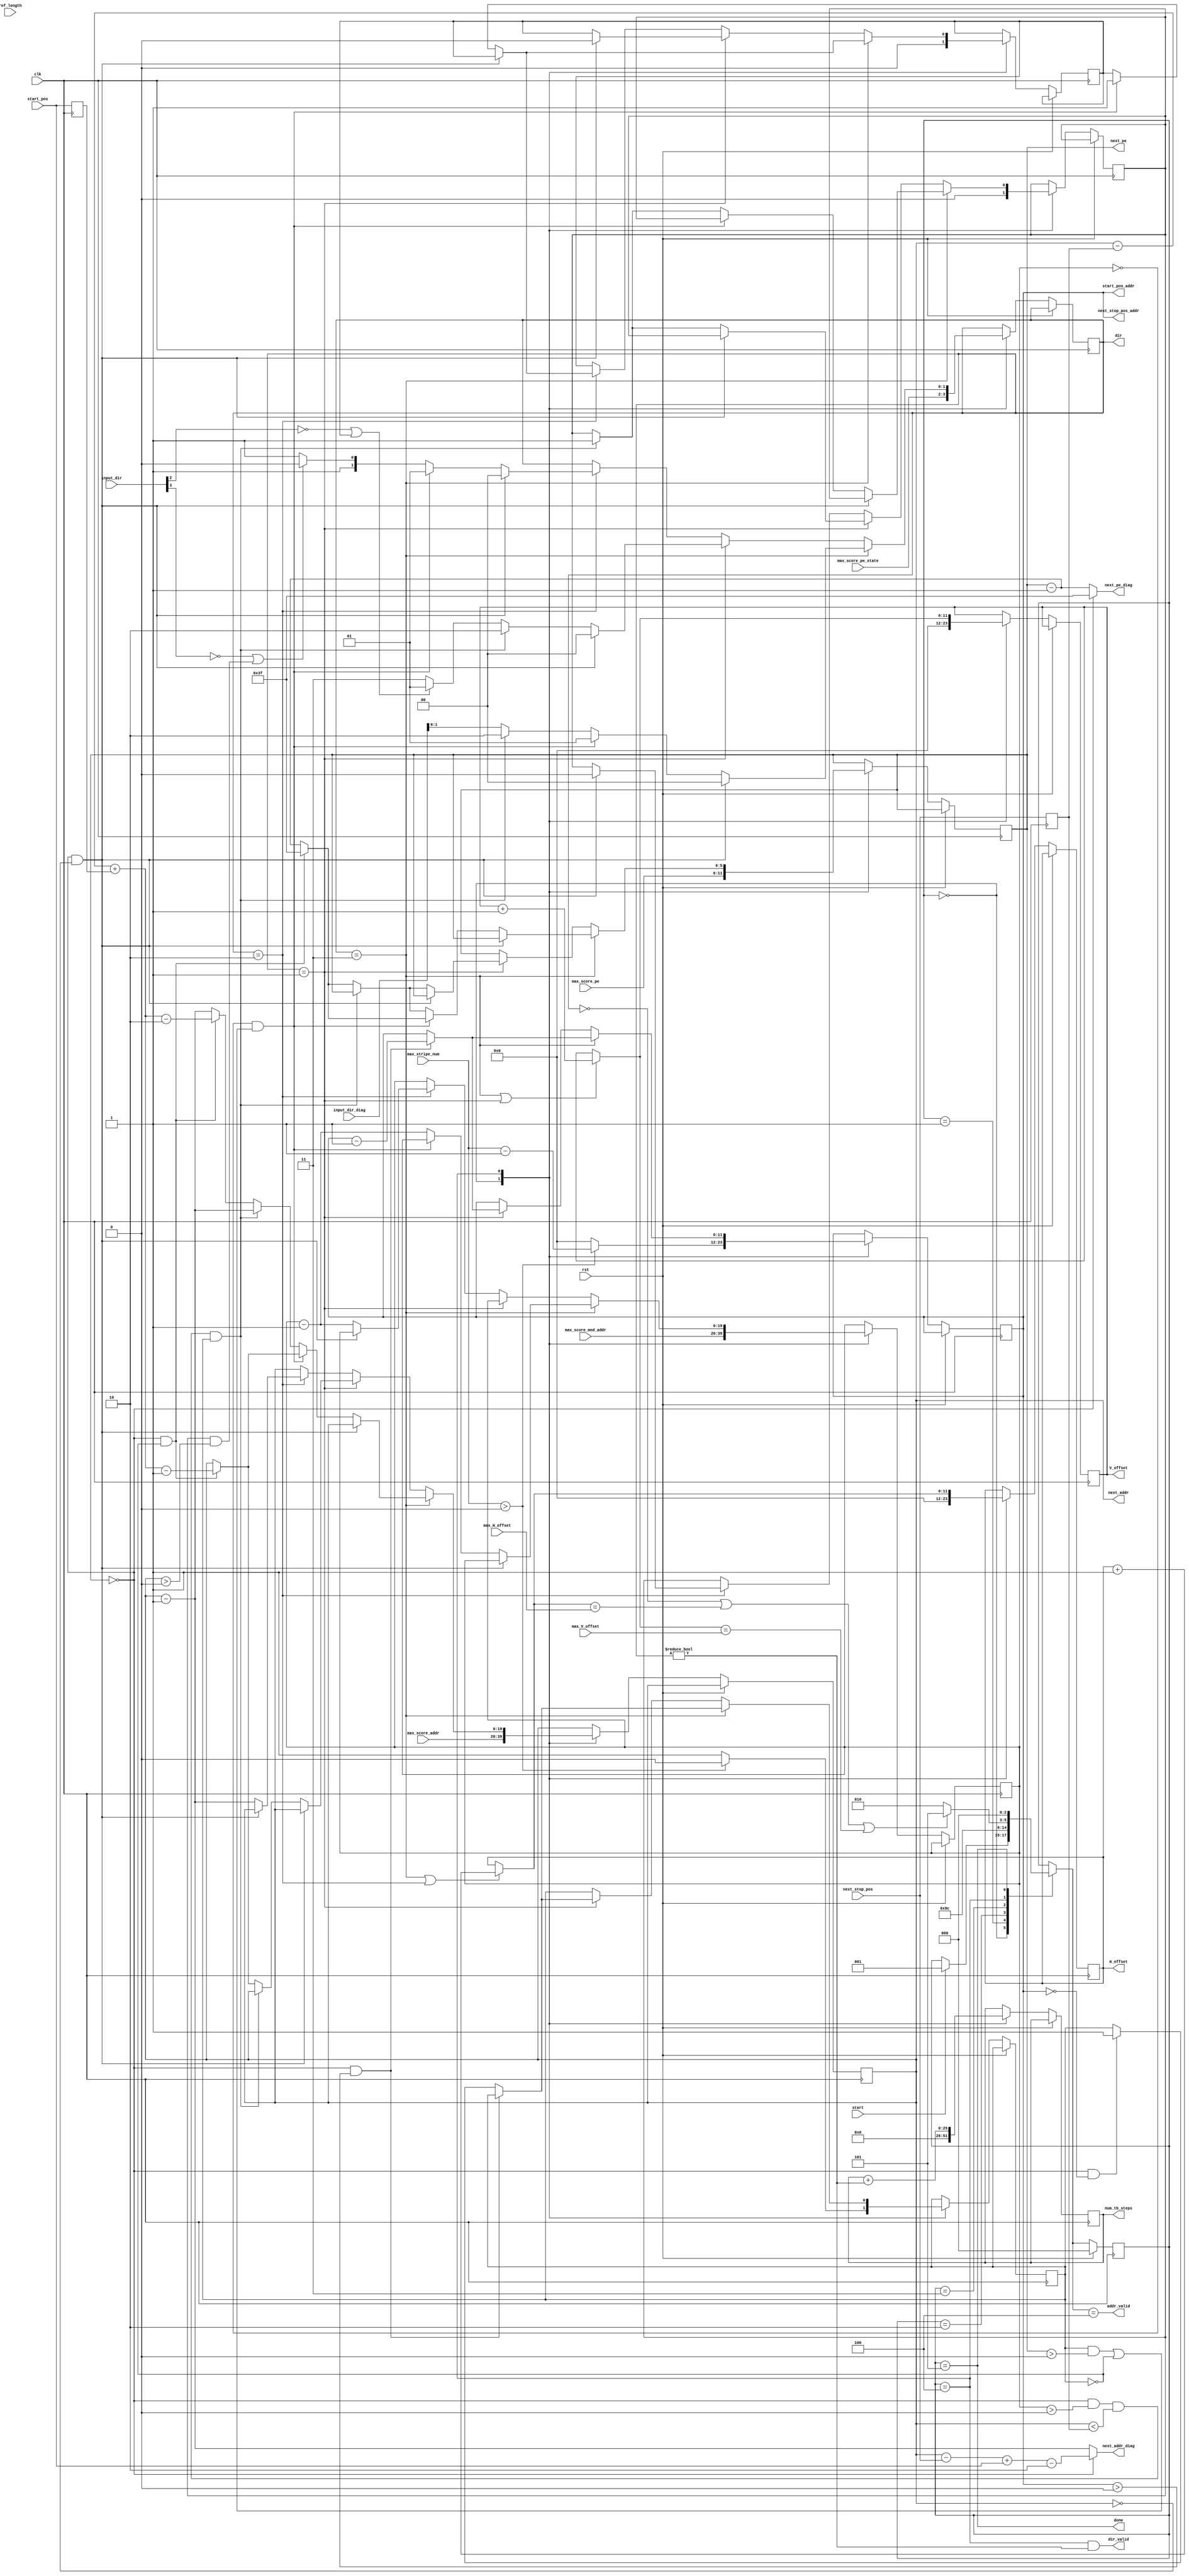
/*
MIT License

Copyright (c) 2019 Sneha D. Goenka, Yatish Turakhia, Gill Bejerano and William J. Dally

Permission is hereby granted, free of charge, to any person obtaining a copy
of this software and associated documentation files (the "Software"), to deal
in the Software without restriction, including without limitation the rights
to use, copy, modify, merge, publish, distribute, sublicense, and/or sell
copies of the Software, and to permit persons to whom the Software is
furnished to do so, subject to the following conditions:

The above copyright notice and this permission notice shall be included in all
copies or substantial portions of the Software.

THE SOFTWARE IS PROVIDED "AS IS", WITHOUT WARRANTY OF ANY KIND, EXPRESS OR
IMPLIED, INCLUDING BUT NOT LIMITED TO THE WARRANTIES OF MERCHANTABILITY,
FITNESS FOR A PARTICULAR PURPOSE AND NONINFRINGEMENT. IN NO EVENT SHALL THE
AUTHORS OR COPYRIGHT HOLDERS BE LIABLE FOR ANY CLAIM, DAMAGES OR OTHER
LIABILITY, WHETHER IN AN ACTION OF CONTRACT, TORT OR OTHERWISE, ARISING FROM,
OUT OF OR IN CONNECTION WITH THE SOFTWARE OR THE USE OR OTHER DEALINGS IN THE
SOFTWARE.
*/
module GACTX_BTLogic #(
  parameter ADDR_WIDTH = 20,
  parameter REF_LEN_WIDTH = 12,
  parameter LOG_NUM_PE = 6
)
(
    input clk,
    input rst,
    input start,

    input [REF_LEN_WIDTH-1:0] ref_length,
    input [ADDR_WIDTH-1:0] max_score_mod_addr,
    input [ADDR_WIDTH-1:0] max_score_addr,
    input [LOG_NUM_PE-1:0] max_score_pe,
    input [1:0] max_score_pe_state,
    input [3:0] input_dir,
    input [3:0] input_dir_diag,
    input [REF_LEN_WIDTH-1:0] start_pos,
    input [REF_LEN_WIDTH-1:0] next_stop_pos,
    input [REF_LEN_WIDTH-1:0] max_stripe_num,


    output reg [ADDR_WIDTH-1:0] next_addr,
    output reg [LOG_NUM_PE-1:0] next_pe,
    output wire [ADDR_WIDTH-1:0] next_addr_diag,
    output wire [LOG_NUM_PE-1:0] next_pe_diag,
    output wire addr_valid,
    output wire [1:0] dir,
    output wire dir_valid,
    output wire [REF_LEN_WIDTH-1:0] start_pos_addr,
    output wire [REF_LEN_WIDTH-1:0] next_stop_pos_addr,
    output reg [REF_LEN_WIDTH-1:0] H_offset,
    input [REF_LEN_WIDTH-1:0] max_H_offset,
    output reg [REF_LEN_WIDTH-1:0] V_offset,
    input [REF_LEN_WIDTH-1:0] max_V_offset,
    output reg [ADDR_WIDTH+LOG_NUM_PE-1:0] num_tb_steps,
    output done
);

  localparam MAX_PE = (2**LOG_NUM_PE) - 1;

  reg [REF_LEN_WIDTH-1:0] max_stripe;
  reg [ADDR_WIDTH-1:0] mod_count;
  reg [1:0] next_pe_state;

  reg [2:0] state;
  reg [2:0] next_state;
  reg final_H;
  reg final_V;
  reg stripe_change;
  reg stripe0;
  reg [REF_LEN_WIDTH-1:0] curr_start_pos;
  reg [REF_LEN_WIDTH-1:0] curr_stop_pos;
  reg [REF_LEN_WIDTH-1:0] position_addr;

  localparam WAIT=0, BLOCK0=1, BLOCK1=2, BLOCK2=3, CALC=4, DONE=5;
  localparam ZERO=0, M=3, V=1, H=2;

  wire [LOG_NUM_PE-1:0] next_pe_decr_mod;
  wire [ADDR_WIDTH-1:0] next_addr_mod;
  
  wire [REF_LEN_WIDTH-1:0] next_V_offset;
  wire [REF_LEN_WIDTH-1:0] next_H_offset;

  assign done = (state == DONE);
  assign dir_valid = (state == CALC) && (dir != 0);
  assign addr_valid = (next_state == CALC);
  assign dir = next_pe_state;

  assign start_pos_addr = position_addr;
  assign next_stop_pos_addr = position_addr;

  assign next_pe_decr_mod = (next_pe == 0) ? MAX_PE : (next_pe - 1);
  assign next_addr_mod = (next_pe == 0) ? (next_addr - next_stop_pos + start_pos -2) : (next_addr - 1);
  
  assign next_addr_diag = next_addr_mod;
  assign next_pe_diag = next_pe_decr_mod;
  
  assign next_V_offset = ((next_pe_state == M) || (next_pe_state == V)) ? (V_offset + 1) : V_offset;
  assign next_H_offset = ((next_pe_state == M) || (next_pe_state == H)) ? (H_offset + 1) : H_offset;

  always @(posedge clk) begin
      curr_start_pos <= start_pos;
      curr_stop_pos <= next_stop_pos;
  end

  always @(posedge clk) begin
      if (rst) begin
          state <= WAIT;
      end
      else begin
          state <= next_state;
          case (state)
              WAIT: begin
                  stripe0 <= 0;
                  max_stripe <= max_stripe_num;
                  mod_count <= max_score_mod_addr;
                  next_addr <= max_score_addr;
                  next_pe <= max_score_pe; 
                  next_pe_state <= max_score_pe_state;
                  H_offset <= 0;
                  V_offset <= 0;
                  num_tb_steps <= 0;
                  final_H <= 0;
                  final_V <= 0;
                  stripe_change <= 0;
                  if(max_stripe_num > 0) begin
                      position_addr <= max_stripe_num - 1;
                  end
                  else begin
                      stripe0 <= 1;
                      position_addr <= 0;
                  end
              end
              BLOCK0: begin
              end
              BLOCK1: begin
              end
              BLOCK2: begin
              end
              CALC: begin
                  H_offset <= next_H_offset;
                  V_offset <= next_V_offset;
                  num_tb_steps <= num_tb_steps + (dir != 0);

                  //////////////////////////////////////////////////////////////////
                  if (next_pe_state == M) begin

                      //for moving onto the next stripe
                      //When it is PE0, new start and stop  values need to
                      //be requested from the BRAMs in the Array module         
                      if (next_pe == 0 && position_addr > 0) begin
                          position_addr <= position_addr - 1;
                      end
                      else if(next_pe == 0 && position_addr == 0) begin
                          stripe0 <= 1;
                      end

                      //end of the traceback (NW)
                      if(next_pe==0 && next_addr ==0) begin
                          next_pe_state <= ZERO;
                      end

                      else begin
                          //on the first column, then go vertically
                          if(mod_count == 0 && ((stripe0 == 1 && next_pe > 0) || (stripe0 == 0))) begin
                              final_V <= 1;
                              next_pe_state <= V;
                              if (next_pe == 0 && stripe0 == 0) begin
                                  next_pe <= MAX_PE;
                                  next_addr <= next_addr - curr_stop_pos + curr_start_pos - 1;
                              end
                              else begin
                                  next_pe <= next_pe - 1;
                              end
                          end
                          
                          //on the first stripe, then go horizontally
                          else if ((next_pe==0 && mod_count > 0) && (next_addr < curr_stop_pos) && (stripe0 == 1)) begin
                              next_pe_state <= H;
                              final_H <= 1;
                              mod_count <= mod_count - 1;
                              next_addr <= next_addr - 1;
                          end

                          else begin 
                              if (next_pe == 0 && stripe0 == 0) begin
                                  next_addr <= next_addr - curr_stop_pos + curr_start_pos - 2;
                                  next_pe <= MAX_PE;
                              end
                              else begin
                                  next_addr <= next_addr - 1;
                                  next_pe <= next_pe - 1;
                              end
                              next_pe_state <= input_dir_diag[1:0];
                              mod_count <= mod_count - 1;
                          end
                      end
                  end
                  /////////////////////////////////////////////////////////////////////////////
                  else if (next_pe_state == V) begin

                      //for moving onto the next stripe
                      //When it is PE0, new start and stop  values need to
                      //be requested from the BRAMs in the Array module         
                      if (next_pe == 0 && position_addr > 0) begin
                          position_addr <= position_addr - 1;
                      end
                      else if(next_pe == 0 && position_addr == 0) begin
                          stripe0 <= 1;
                      end

                      //end of the traceback (NW)
                      if(next_pe==0 && next_addr==0) begin
                          next_pe_state <= ZERO;
                          final_V <= 0;
                      end

                      else begin
                          
                          //in PE#0 in the first stripe
                          if ((next_pe == 0 && mod_count > 0) && (next_addr < curr_stop_pos) && (stripe0 == 1)) begin
                              next_pe_state <= H; 
                              final_H <= 1;
                          end
                          else begin
                              //choosing the next PE
                              if (next_pe == 0 && stripe0 == 0) begin
                                  next_pe <= MAX_PE;
                                  next_addr <= next_addr - curr_stop_pos + curr_start_pos -1;
                              end
                              else begin
                                  next_pe <= next_pe - 1;
                              end
                              if(input_dir[2] == 0 || final_V) begin
                                  next_pe_state <= V;
                              end
                              else begin
                                  next_pe_state <= M;
                              end
                          end
                      end
                  end
                  /////////////////////////////////////////////////////////////////////////////
                  else if (next_pe_state == H) begin
                      if(next_addr == 0 && next_pe == 0) begin
                          next_pe_state <= ZERO;
                          final_H <= 0;
                      end
                      else begin
                          if(mod_count == 0 && ((stripe0 == 1 && next_pe > 0) || (stripe0 == 0))) begin
                              final_V <= 1;
                              next_pe_state <= V;
                          end
                          else begin
                              if (input_dir[3] == 0 || (final_H && next_addr > 0)) begin
                                  next_pe_state <= H;
                              end
                              else begin
                                  next_pe_state <= M;
                              end
                          end
                          mod_count <= mod_count - 1;
                          next_addr <= next_addr - 1;
                      end
                  end
              end
             DONE: begin
             end
         endcase
     end
  end

  always @(*) 
  begin
      next_state = state;
      case (state)
          WAIT:
              if (start)
                  next_state = BLOCK0;
          BLOCK0:
              next_state = BLOCK1;
          BLOCK1:
              next_state = BLOCK2;
          BLOCK2:
              next_state = CALC;
          CALC:
              if ((next_pe_state == ZERO) || (next_H_offset == max_H_offset) || (next_V_offset == max_V_offset))
                  next_state = DONE;
              else
                  next_state = BLOCK1;
          DONE:
              next_state = WAIT;
      endcase
  end

endmodule